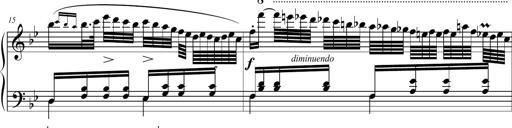
Title: 2 Sonatines faciles et brillantes pour le piano-forte seul
Composer: Carl Czerny